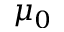
\mu _ { 0 }